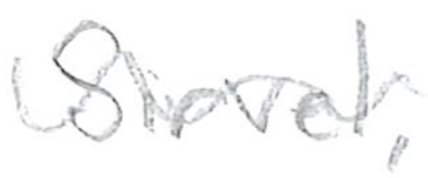
Text: Sirvel,
Cross-out: wave
Writing tool: pencil